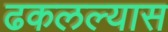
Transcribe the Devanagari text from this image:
ढकलल्यास